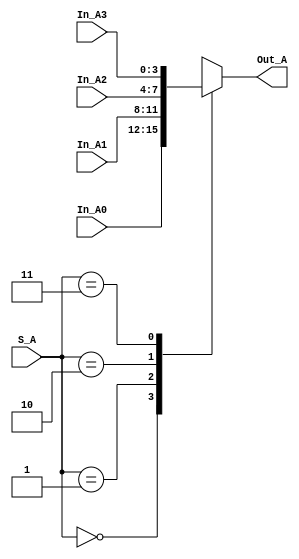
module Mux_A (output reg [3:0] Out_A, input [3:0] In_A0, In_A1, In_A2, In_A3, input [1:0] S_A);
    always @ (S_A)
    begin
        case (S_A)
        2'b00:  Out_A = In_A0;
        2'b01:  Out_A = In_A1;
        2'b10:  Out_A = In_A2;
        2'b11:  Out_A = In_A3;
        endcase
    end
endmodule

module test;
    reg [3:0] A0, A1, A2, A3;
    reg [1:0] S;
    wire [3:0] Y;
    Mux_A multiplexer (Y, A0, A1, A2, A3, S);
    initial begin
        A0 = 4'b0001;
        A1 = 4'b0010;
        A2 = 4'b0100;
        A3 = 4'b1000;
        S = 2'b11;
    end
    initial begin
        $display (" S  Y ");
        $monitor (" %b %b ", S, Y);
    end
endmodule